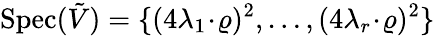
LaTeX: \mathrm{Spec}(\tilde{V})=\{ (4\lambda_{1}\! \cdot\! \varrho)^{2},\ldots,(4\lambda_{r}\! \cdot\! \varrho)^{2}\}